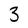
Character: 3